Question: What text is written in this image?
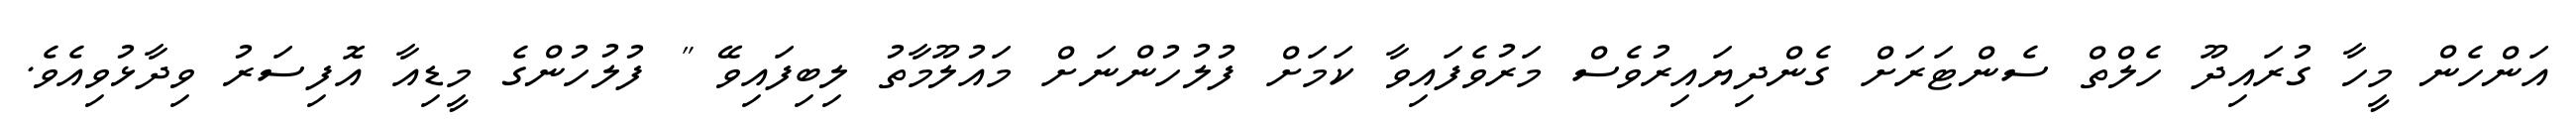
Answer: އަންހެން މީހާ ގުރައިދޫ ހެލްތް ސެންޓަރަށް ގެންދިޔައިރުވެސް މަރުވެފައިވާ ކަމަށް ފުލުހުންނަށް މައުލޫމާތު ލިބިފައިވޭ " ފުލުހުންގެ މީޑިއާ އޮފިސަރު ވިދާޅުވިއެވެ.